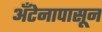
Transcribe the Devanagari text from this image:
अँटेनापासून